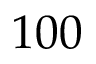
1 0 0